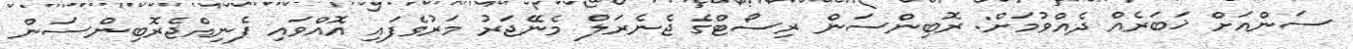
ސަންއަށް ޚަބަރެއް ދެއްވުމަށް: ރޮބިންސަން ރިސޯޓްގެ ޖެނެރަލް މެނޭޖަރު މަރުވެފައި އޮއްވައި ފެނިއްޖެރޮބިންސަން